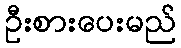
ဦးစားပေးမည်